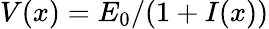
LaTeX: V(x)=E_{0}/(1+I(x))